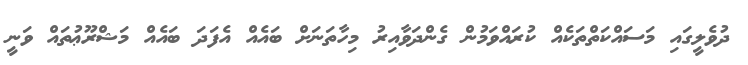
ދުވެލީގައި މަސައްކަތްތަކެއް ކުރައްވަމުން ގެންދަވާއިރު މިހާތަނަށް ބައެއް އެފަދަ ބައެއް މަޝްރޫޢުތައް ވަނީ